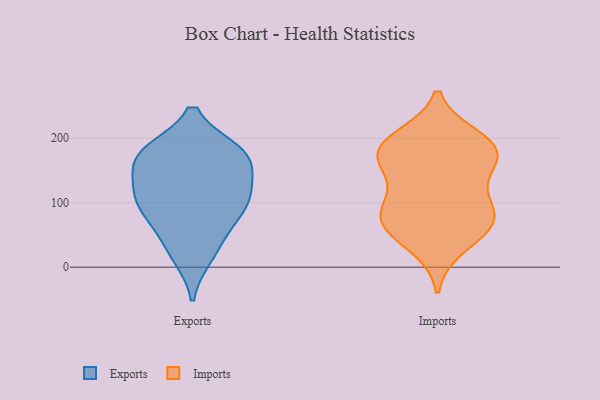
{"axis": {"x": "Demand Index", "y": "Value"}, "legend": ["Exports", "Imports"], "data": [{"x": "", "y": 162, "type": "Exports"}, {"x": "", "y": 18, "type": "Exports"}, {"x": "", "y": 178, "type": "Exports"}, {"x": "", "y": 128, "type": "Exports"}, {"x": "", "y": 177, "type": "Exports"}, {"x": "", "y": 175, "type": "Exports"}, {"x": "", "y": 108, "type": "Exports"}, {"x": "", "y": 84, "type": "Exports"}, {"x": "", "y": 174, "type": "Exports"}, {"x": "", "y": 115, "type": "Exports"}, {"x": "", "y": 34, "type": "Exports"}, {"x": "", "y": 102, "type": "Exports"}, {"x": "", "y": 74, "type": "Exports"}, {"x": "", "y": 81, "type": "Imports"}, {"x": "", "y": 181, "type": "Imports"}, {"x": "", "y": 177, "type": "Imports"}, {"x": "", "y": 127, "type": "Imports"}, {"x": "", "y": 177, "type": "Imports"}, {"x": "", "y": 68, "type": "Imports"}, {"x": "", "y": 34, "type": "Imports"}, {"x": "", "y": 91, "type": "Imports"}, {"x": "", "y": 77, "type": "Imports"}, {"x": "", "y": 199, "type": "Imports"}, {"x": "", "y": 64, "type": "Imports"}, {"x": "", "y": 159, "type": "Imports"}, {"x": "", "y": 189, "type": "Imports"}]}